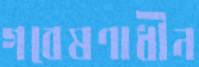
গবেষণাধীন